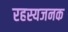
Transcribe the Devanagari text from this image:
रहस्यजनक